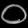
Digit: ၀